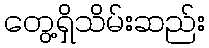
တွေ့ရှိသိမ်းဆည်း